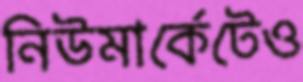
নিউমার্কেটেও